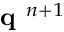
\textbf { q } ^ { n + 1 }